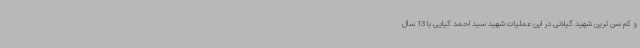
و کم سن ترین شهید گیلانی در این عملیات شهید سید احمد کیایی با 13 سال